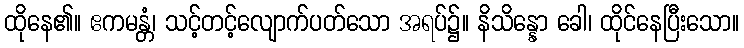
ထိုနေ၏။ ဧကမန္တံ၊ သင့်တင့်လျောက်ပတ်သော အရပ်၌။ နိသိန္နော ခေါ၊ ထိုင်နေပြီးသော။